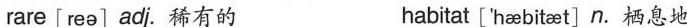
rare [ree]adj.稀有的 habitat ['haabitet] n.栖息地